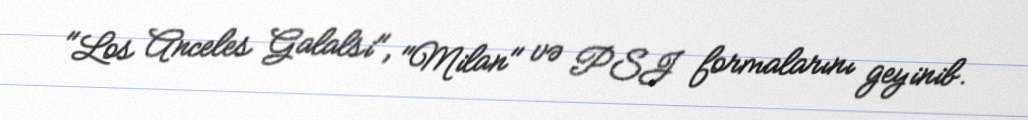
"Los Anceles Galalsi", "Milan" və PSJ formalarını geyinib.